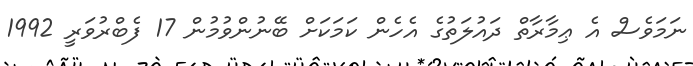
ނަމަވެސް އެ ޢިމާރާތް ދައުލަތުގެ އެހެން ކަމަކަށް ބޭނުންވުމުން 17 ފެބްރުވަރީ 1992